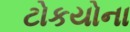
ટોકયોના